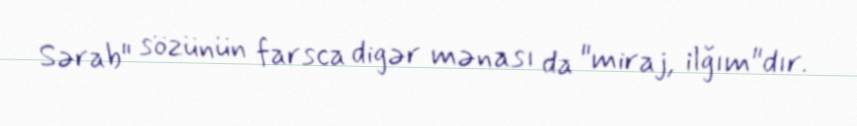
Sərab" sözünün farsca digər mənası da "miraj, ilğım"dır.